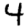
Digit: 4